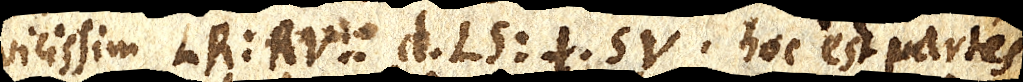
vicissim LR:RV::d⋅LS:t⋅SV hoc est partes